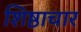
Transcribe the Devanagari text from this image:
शिष्ठाचार